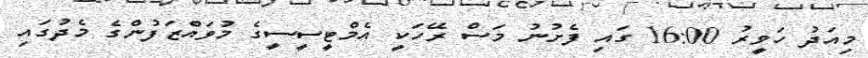
މިއަދު ހަވީރު 16:00 ގައި ފެށުނު މަސް ރޭހަކީ އެމްޓީސީސީގެ މުވައްޒަފުންގެ މެދުގައި